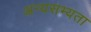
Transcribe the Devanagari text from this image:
अन्यसभ्यता